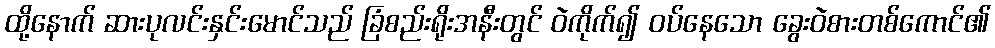
ထို့နောက် ဆားပုလင်းနှင်းမောင်သည် ခြံစည်းရိုးအနီးတွင် ဝဲကိုက်၍ ဝပ်နေသော ခွေးဝဲစားတစ်ကောင်၏